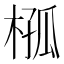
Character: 𣔞